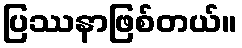
ပြဿနာဖြစ်တယ်။